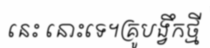
នេះ នោះទេ។គ្រូបង្វឹកថ្មី